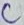
Text: C